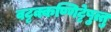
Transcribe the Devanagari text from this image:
वट्टक्कण्णिट्टेषु़त्तु